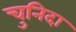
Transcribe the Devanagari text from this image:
चुनिदा